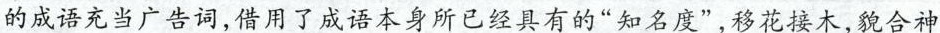
的成语充当广告词，借用了成语本身所已经具有的”知名度”，移花接木，貌合神